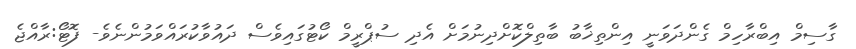
ގާސިމް އިބްރާހިމް ގެންދަވަނީ އިންތިޚާބު ބާތިލްކޮށްދިނުމަށް އެދި ސުޕްރީމް ކޯޓުގައިވެސް ދައުވާކުރައްވަމުންނެވެ- ފޮޓޯ:ރާއްޖެ